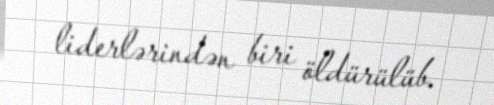
liderlərindən biri öldürülüb.